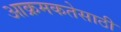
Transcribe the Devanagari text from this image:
आक्रमकतेसाठी